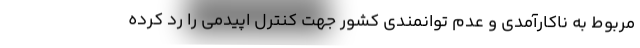
مربوط به ناکارآمدی و عدم توانمندی کشور جهت کنترل اپیدمی را رد کرده